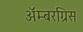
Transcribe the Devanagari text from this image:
ॲम्बरग्रिस